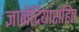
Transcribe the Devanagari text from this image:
ज्ञानेंद्रियांसहित